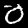
Digit: 0